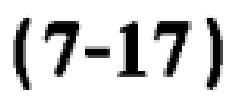
\((7 - 17)\)